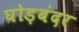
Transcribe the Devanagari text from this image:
घोड़बंदर